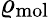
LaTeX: \varrho_{\mathrm{mol}}